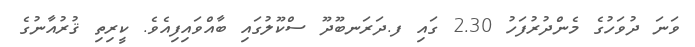
ވަނަ ދުވަހުގެ މެންދުރުފަހު 2.30 ގައި ފ.ދަރަނބޫދޫ ސްކޫލުގައި ބާއްވައިފިއެވެ. ކީރިތި ޤުރުއާނުގެ